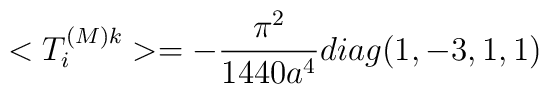
<T_{i}^{(M)k} >=-\frac{\pi^2} {1440 a^4} diag(1,-3,1,1)